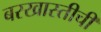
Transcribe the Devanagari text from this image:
बरखास्तीची